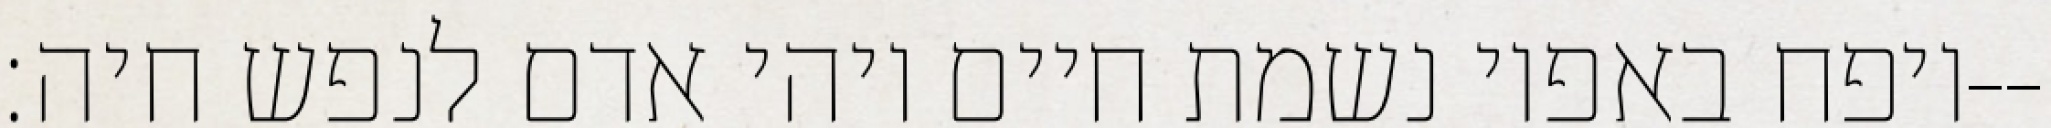
ויפח באפיו נשמת חיים ויהי אדם לנפש חיה׃--